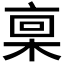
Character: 𪲪